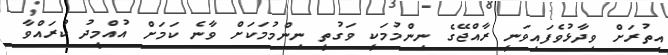
އިތުރަށް ވިދާޅުވެފައިވަނީ ރާއްޖޭގެ ނިންމުމަކީ ވަގުތީ ނިންމުމަކަށް ވާނެ ކަމަށް އުއްމީދު ކުރައްވާ